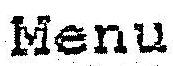
MENU